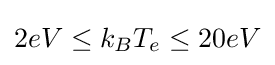
2eV\leq k_{B}T_{e}\leq 20eV